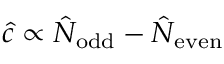
\hat { c } \propto \hat { N } _ { \mathrm { o d d } } - \hat { N } _ { \mathrm { e v e n } }